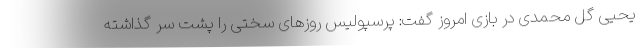
یحیی گل محمدی در بازی امروز گفت: پرسپولیس روزهای سختی را پشت سر گذاشته